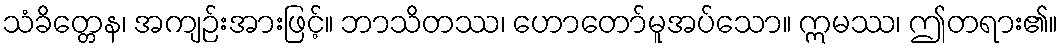
သံခိတ္တေန၊ အကျဉ်းအားဖြင့်။ ဘာသိတဿ၊ ဟောတော်မူအပ်သော။ ဣမဿ၊ ဤတရား၏။